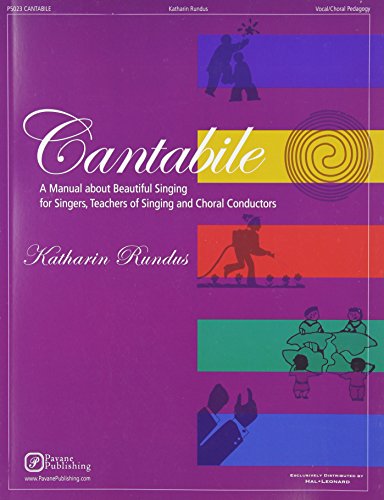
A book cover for Cantabile - A Manual about Beautiful Singing for Singers, Teachers of Singing and Choral Conductors; Katharin Rundus; Arts & Photography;